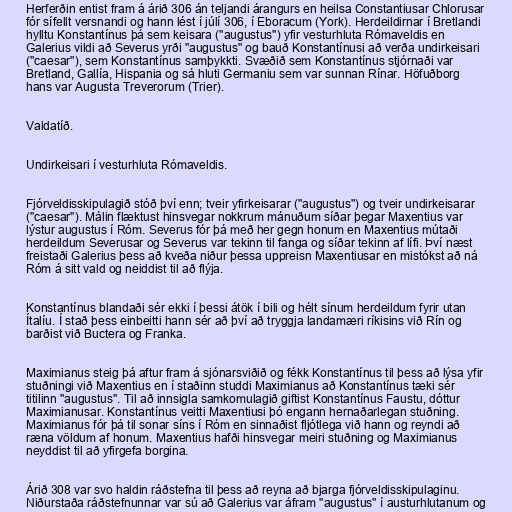
Herferðin entist fram á árið 306 án teljandi árangurs en heilsa Constantiusar Chlorusar
fór sífellt versnandi og hann lést í júlí 306, í Eboracum (York). Herdeildirnar í Bretlandi
hylltu Konstantínus þá sem keisara ("augustus") yfir vesturhluta Rómaveldis en
Galerius vildi að Severus yrði "augustus" og bauð Konstantínusi að verða undirkeisari
("caesar"), sem Konstantínus samþykkti. Svæðið sem Konstantínus stjórnaði var
Bretland, Gallía, Hispania og sá hluti Germaniu sem var sunnan Rínar. Höfuðborg
hans var Augusta Treverorum (Trier).

Valdatíð.

Undirkeisari í vesturhluta Rómaveldis.

Fjórveldisskipulagið stóð því enn; tveir yfirkeisarar ("augustus") og tveir undirkeisarar
("caesar"). Málin flæktust hinsvegar nokkrum mánuðum síðar þegar Maxentius var
lýstur augustus í Róm. Severus fór þá með her gegn honum en Maxentius mútaði
herdeildum Severusar og Severus var tekinn til fanga og síðar tekinn af lífi. Því næst
freistaði Galerius þess að kveða niður þessa uppreisn Maxentiusar en mistókst að ná
Róm á sitt vald og neiddist til að flýja.

Konstantínus blandaði sér ekki í þessi átök í bili og hélt sínum herdeildum fyrir utan
Ítalíu. Í stað þess einbeitti hann sér að því að tryggja landamæri ríkisins við Rín og
barðist við Buctera og Franka.

Maximianus steig þá aftur fram á sjónarsviðið og fékk Konstantínus til þess að lýsa yfir
stuðningi við Maxentius en í staðinn studdi Maximianus að Konstantínus tæki sér
titilinn "augustus". Til að innsigla samkomulagið giftist Konstantínus Faustu, dóttur
Maximianusar. Konstantínus veitti Maxentiusi þó engann hernaðarlegan stuðning.
Maximianus fór þá til sonar síns í Róm en sinnaðist fljótlega við hann og reyndi að
ræna völdum af honum. Maxentius hafði hinsvegar meiri stuðning og Maximianus
neyddist til að yfirgefa borgina.

Árið 308 var svo haldin ráðstefna til þess að reyna að bjarga fjórveldisskipulaginu.
Niðurstaða ráðstefnunnar var sú að Galerius var áfram "augustus" í austurhlutanum og